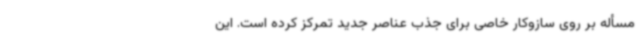
مسأله بر روی سازوکار خاصی برای جذب عناصر جدید تمرکز کرده است. این